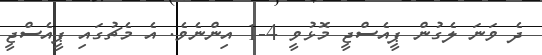
ދެ ވަނަ ލެގުން ޕީއެސްޖީ މޮޅުވީ 4-1 އިންނެވެ. އެ މެޗުގައި ޕީއެސްޖީ